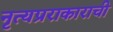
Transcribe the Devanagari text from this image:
नृत्यप्रराकाराची